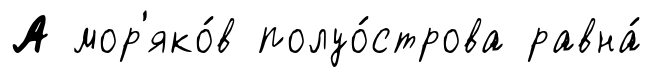
А мор'яко́в полуо́строва равна́